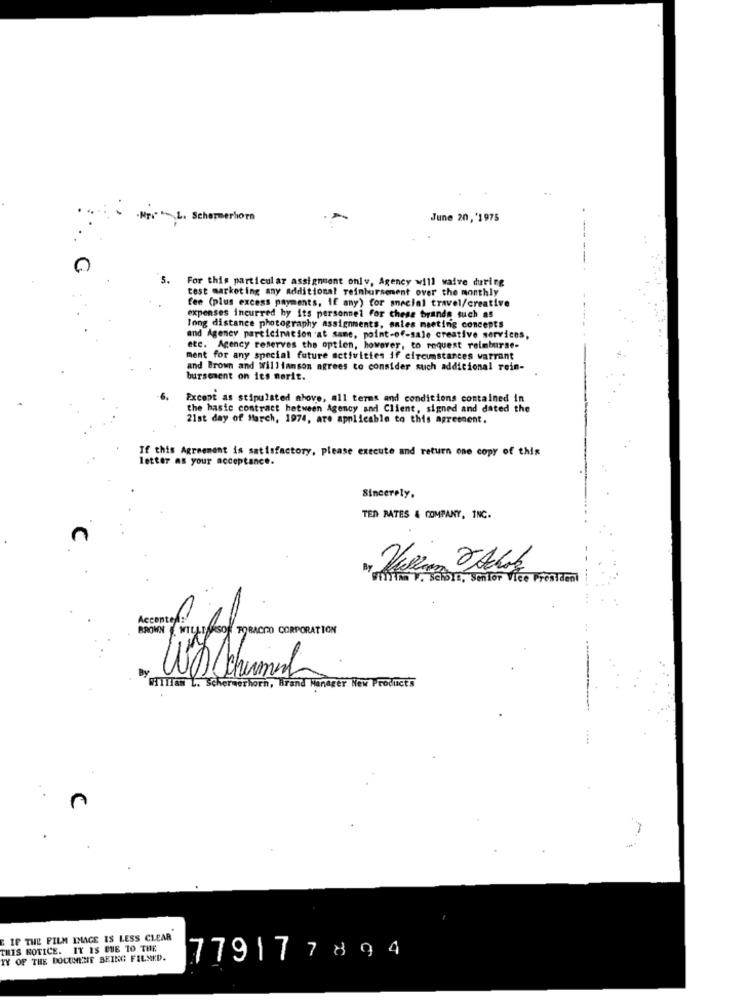
-NTV" L. Schermerhorn
June 20, '1975
5.
For this particular assignment only, Agency will waive during
test marketing any additional reimbursement over the monthly
fee (plus excess payments, If any) for social travel/creative
expenses incurred by its personnel For these brands such as
long distance photography assignments, sales meeting concepts
and Agency particiracion at same, point-of-sale creative services,
etc. Agency reserves the option, however, to request reimburse-
ment for any special future activities if circumstances warrant
and Brown and williamson agrees to consider such additional rein-
bursement on ies morit.
6.
Except as stipulated alove, all terms and conditions contained in
the basic contract between Agency and Client, signed and dated the
21st day of March, 1974, are applicable to this agreement.
If this Agreement is satisfactory, please execute and return one copy of this
letter as your acceptance.
Sincerely.
TEN RATES & COMPANY, INC.
bre, Senior Vice President
Accentof:
By
WDSchumah
William L. Schermerhorn, Brand Manager New Products
E IP THE FILM IMAGE IS LESS CLEAR
THIS NOTICE. IT IS DUE TO THE
YY OF THE DOCUMENE BEING FILMED.
779177894